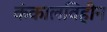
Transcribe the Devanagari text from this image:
कंकालविहीन